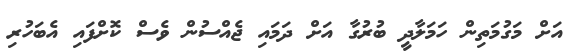
އަށް މަގުމަތިން ހަމަލާދީ ބުރުގާ އަށް ދަމައި ޖެއްސުން ވެސް ކޮށްފައި އެބަހުރި